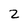
Character: 2